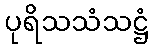
ပုရိသသံသဋ္ဌံ